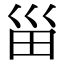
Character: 甾